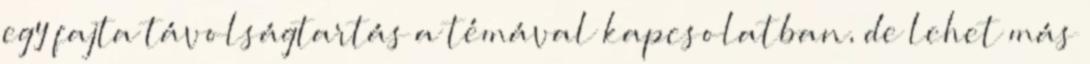
egy fajta távolságtartás a témával kapcsolatban, de lehet más